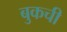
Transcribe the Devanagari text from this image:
बुकची